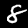
Digit: 8